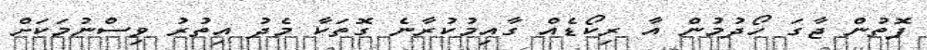
ފޮތުން ޖާގަ ހޯދުމުން އާ ރިކޯޑެއް ގާއިމުކުރާނެ ގޮތަކާ މެދު އިތުރު ވިސްނުމަކަށް